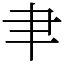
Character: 𦘒